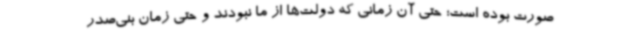
صورت بوده است؛ حتی آن زمانی که دولت‌ها از ما نبودند و حتی زمان بنی‌صدر